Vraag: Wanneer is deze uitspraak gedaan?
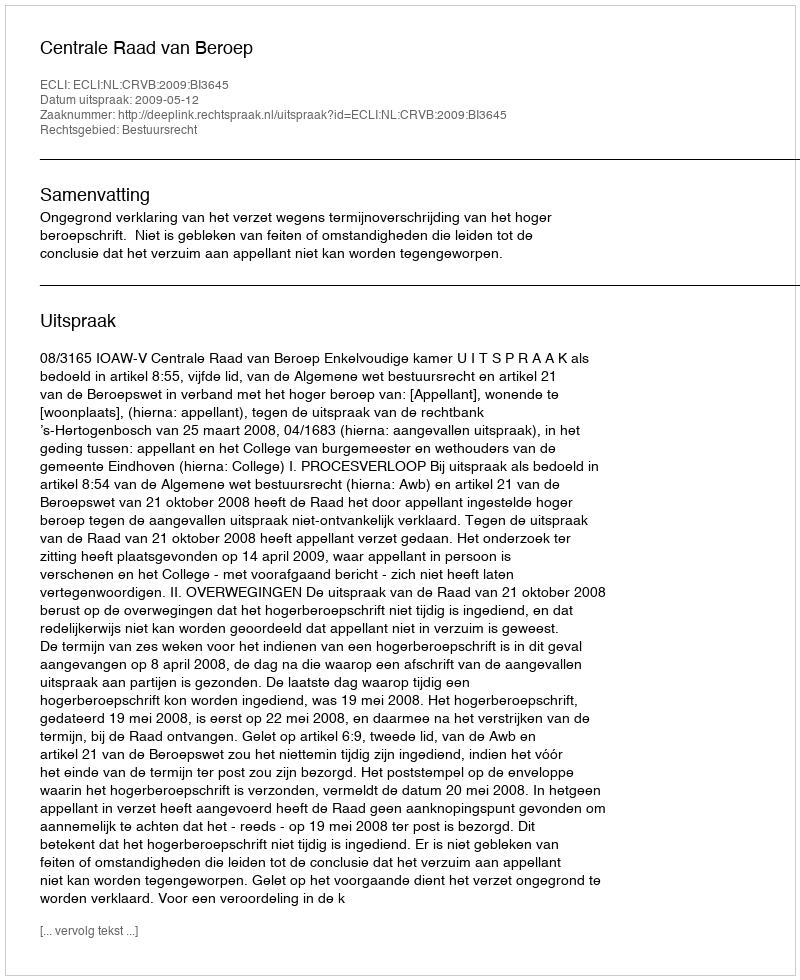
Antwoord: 2009-05-12